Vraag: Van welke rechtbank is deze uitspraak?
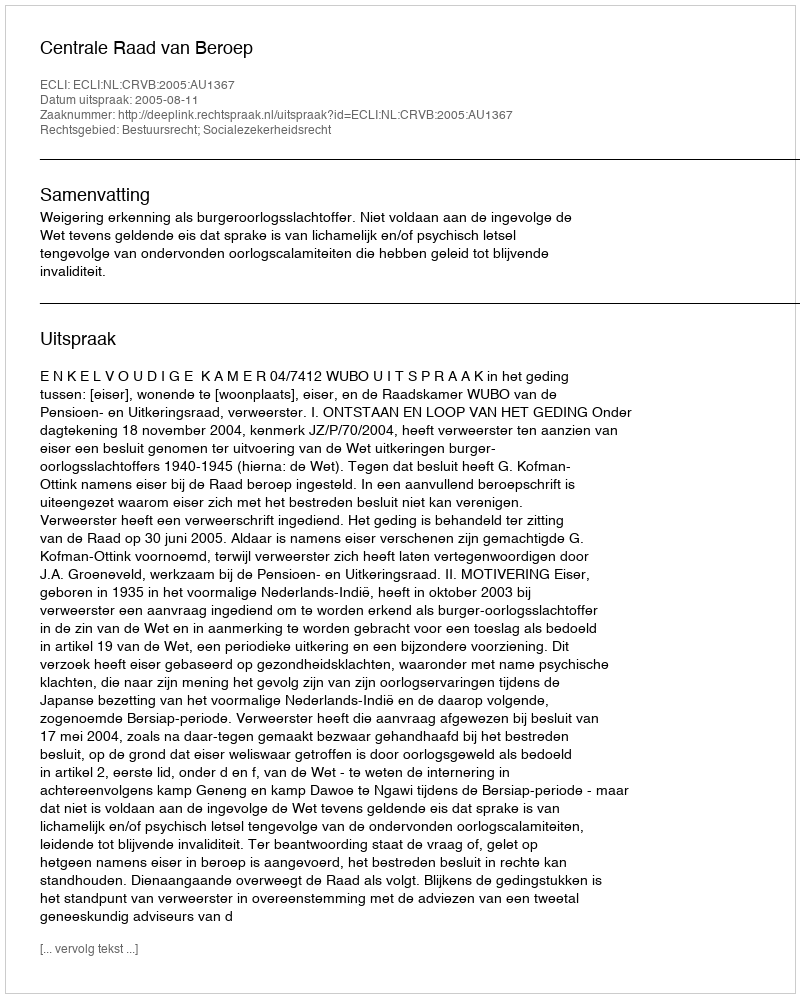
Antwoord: Centrale Raad van Beroep